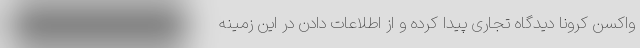
واکسن کرونا دیدگاه تجاری پیدا کرده و از اطلاعات دادن در این زمینه